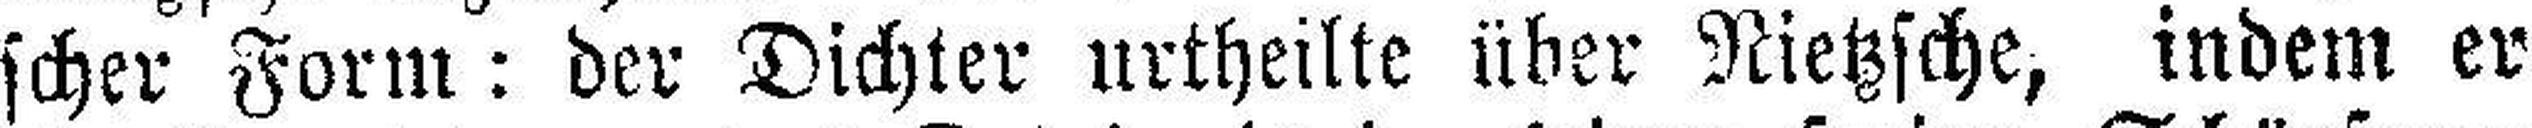
scher Form: der Dichter urtheilte über Nietzsche, indem er